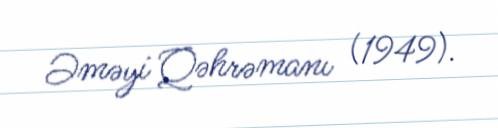
Əməyi Qəhrəmanı (1949).